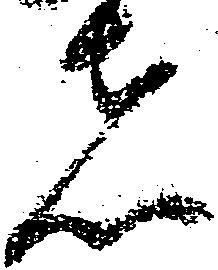
者